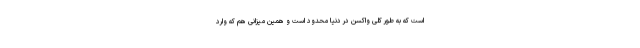
است که به طور کلی واکسن در دنیا محدود است و همین میزانی هم که وارد